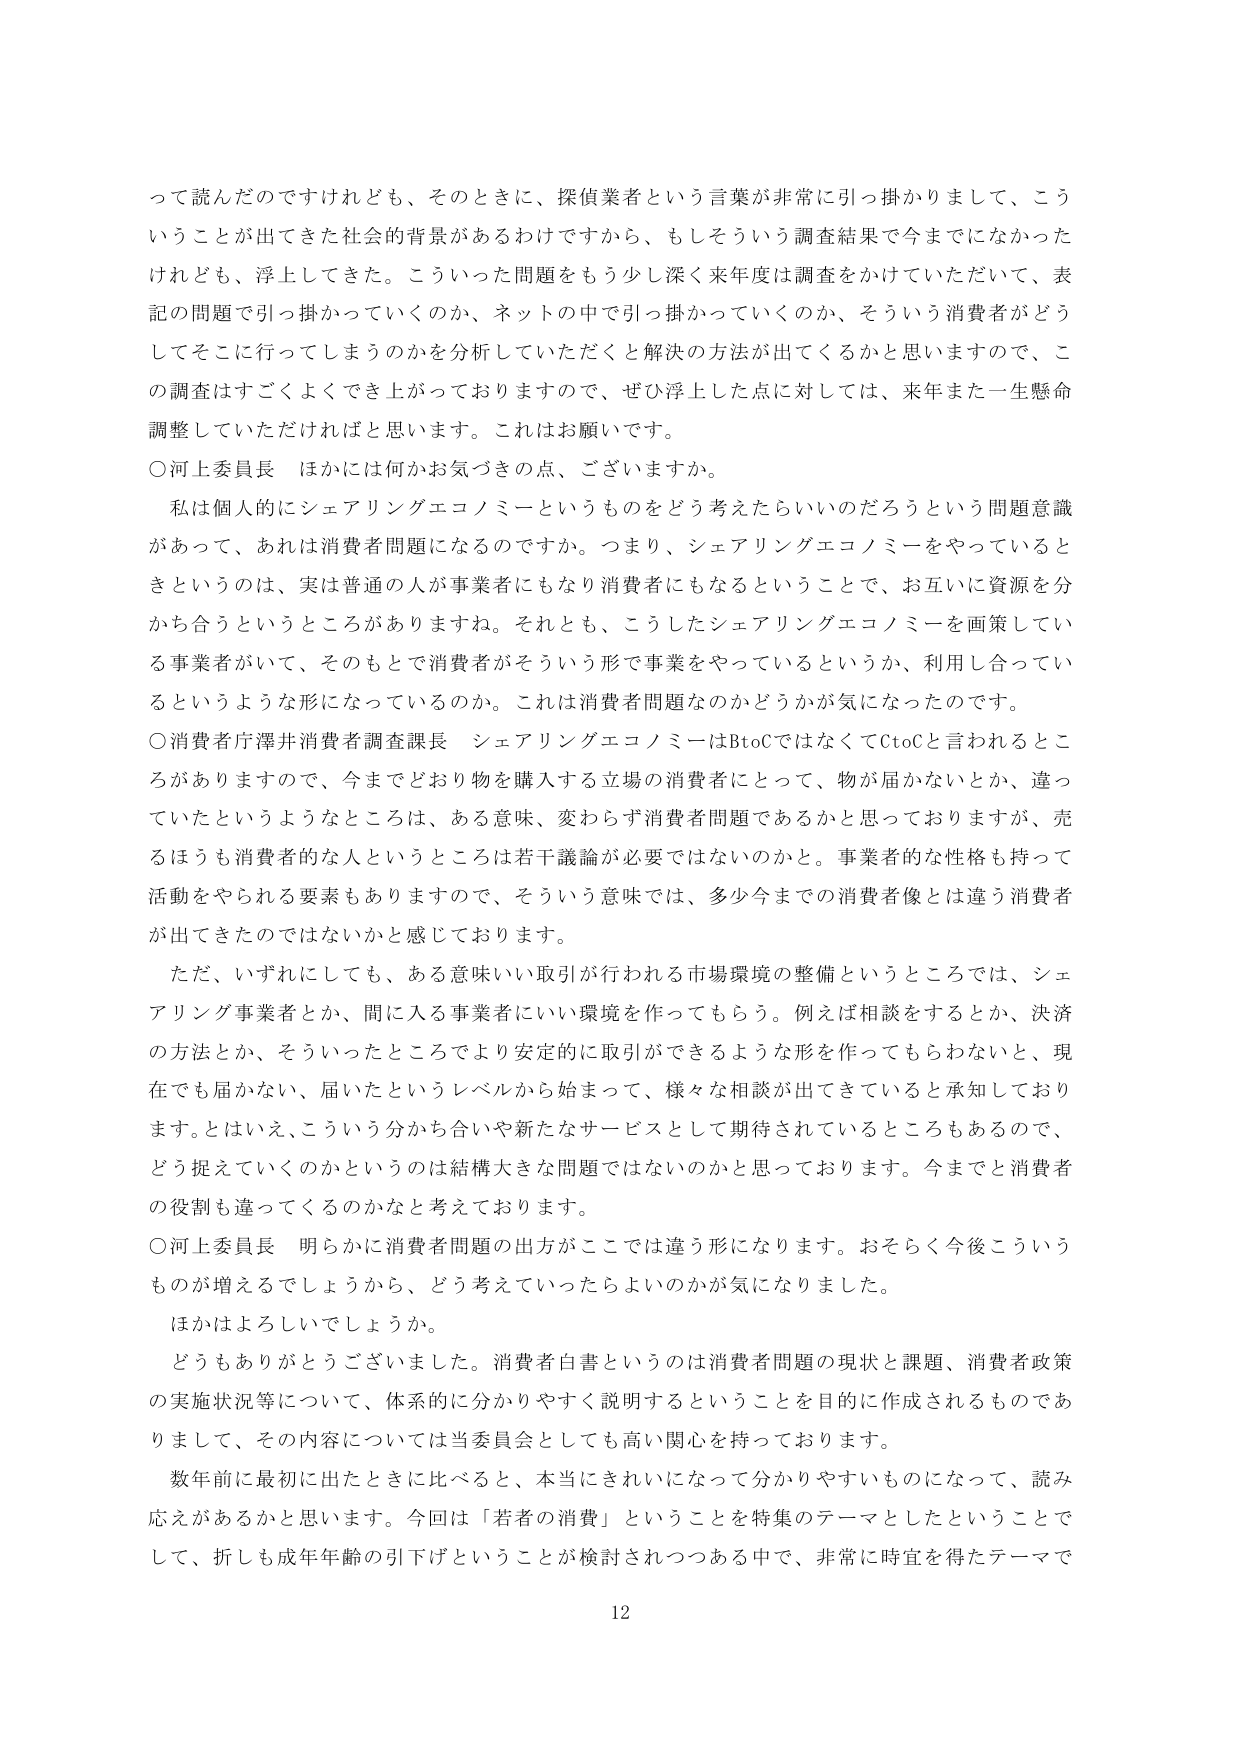
って読んだのですけれども、そのときに、探偵業者という言葉が非常に引っ掛かりまして、こういうことが出てきた社会的背景があるわけですから、もしそういう調査結果で今までになかったけれども、浮上してきました。こういった問題をもう少し深く来年度は調査をかけていただいて、表記の問題で引っ掛かっていくのか、ネットの中で引っ掛かっていくのか、そういう消費者がどうしてそこに行ってしまうのかを分析していただくと解決の方法が出てくるかと思いますので、この調査はすごくよくでき上がっておりまますので、ぜひ浮上した点に対しては、来年また一生懸命調整していただければと思います。これはお願いです。

○河上委員長　ほかには何かお気づきの点、ございますか。

私は個人的にシェアリングエコノミーというものをどう考えたらいいのだろうという問題意識があって、あれは消費者問題になるのですか。つまり、シェアリングエコノミーをやっているときというのは、実は普通の人が事業者にもなり消費者にもなるということで、お互いに資源を分かち合うというところがありますね。それとも、こうしたシェアリングエコノミーを画策している事業者がいて、そのもとで消費者がそういう形で事業をやっているというか、利用し合っているというような形になっているのか。これは消費者問題なのかどうかが気になったのです。

○消費者庁澤井消費者調査課長　シェアリングエコノミーはBtoCではなくてCtoCと言われるところがありますので、今までどおり物を購入する立場の消費者にとって、物が届かないとか、違っていたというようなところは、ある意味、変わらず消費者問題であるかと思っておりますが、売るほうも消費者的な人というところは若干議論が必要ではないのかと。事業者的な性格も持って活動をやられる要素もありますので、そういう意味では、多少今までの消費者像とは違う消費者が出てきたのではないかと感じております。

ただ、いずれにしても、ある意味いい取引が行われる市場環境の整備というところでは、シェアリング事業者とか、問に入る事業者にいい環境を作ってもらう。例えば相談をするとか、決済の方法とか、そういったところでより安定的に取引ができるような形を作ってもらわないと、現在でも届かない、届いたというレベルから始まって、様々な相談が出てきていると承知しております。とはいえ、こういう分かち合いや新たなサービスとして期待されているところもあるので、どう捉えていくのかというのは結構大きな問題ではないのかと思っております。今までと消費者の役割も違ってくるのかなと考えております。

○河上委員長　明らかに消費者問題の出方がここでは違う形になります。おそらく今後こういうものが増えるでしょうから、どう考えていったらよいのかが気になりました。

ほかはよろしいでしょうか。

どうもありがとうございました。消費者白書というのは消費者問題の現状と課題、消費者政策の実施状況等について、体系的に分かりやすく説明することを目的に作成されるものでありまして、その内容については当委員会としても高い関心を持っております。

数年前に最初に出たときに比べると、本当にきれいになって分かりやすいものになって、読み応えがあるかと思います。今回は「若者の消費」ということを特集のテーマとしたということでして、折しも成年年齢の引下げということが検討されつつある中で、非常に時宜を得たテーマで

12